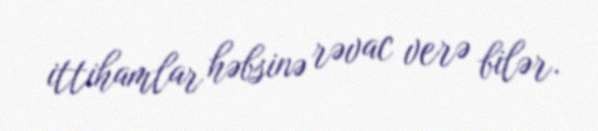
ittihamlar həbsinə rəvac verə bilər.